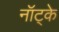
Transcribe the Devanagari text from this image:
नॉट्के